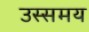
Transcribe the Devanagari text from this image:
उस्समय